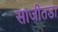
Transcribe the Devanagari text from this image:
साजीतडा